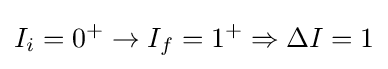
I_{i}=0^{+}\rightarrow I_{f}=1^{+}\Rightarrow \Delta I=1